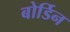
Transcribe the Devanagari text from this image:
बोर्डिन